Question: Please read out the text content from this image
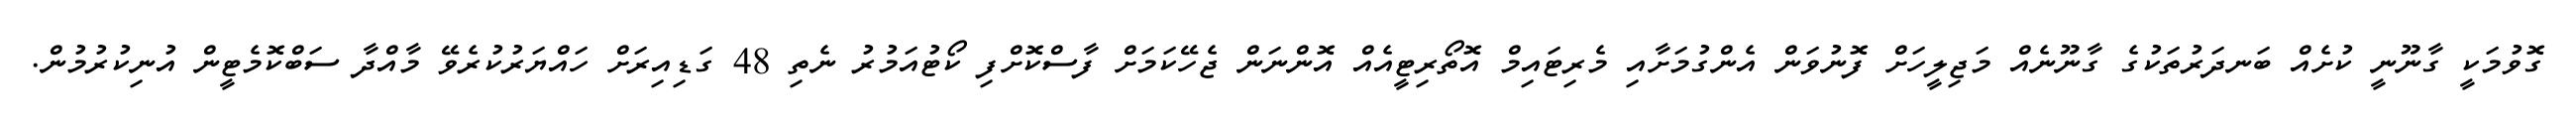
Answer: ގޮވުމަކީ ގާނޫނީ ކުށެއް ބަނދަރުތަކުގެ ގާނޫނެއް މަޖިލީހަށް ފޮނުވަން އެންގުމަށާއި މެރިޓައިމް އޮތޯރިޓީއެއް އޮންނަން ޖެހޭކަމަށް ފާސްކޮށްފި ކޯޓުއަމުރު ނެތި 48 ގަޑިއިރަށް ހައްޔަރުކުރެވޭ މާއްދާ ސަބްކޮމެޓީން އުނިކުރުމުން.